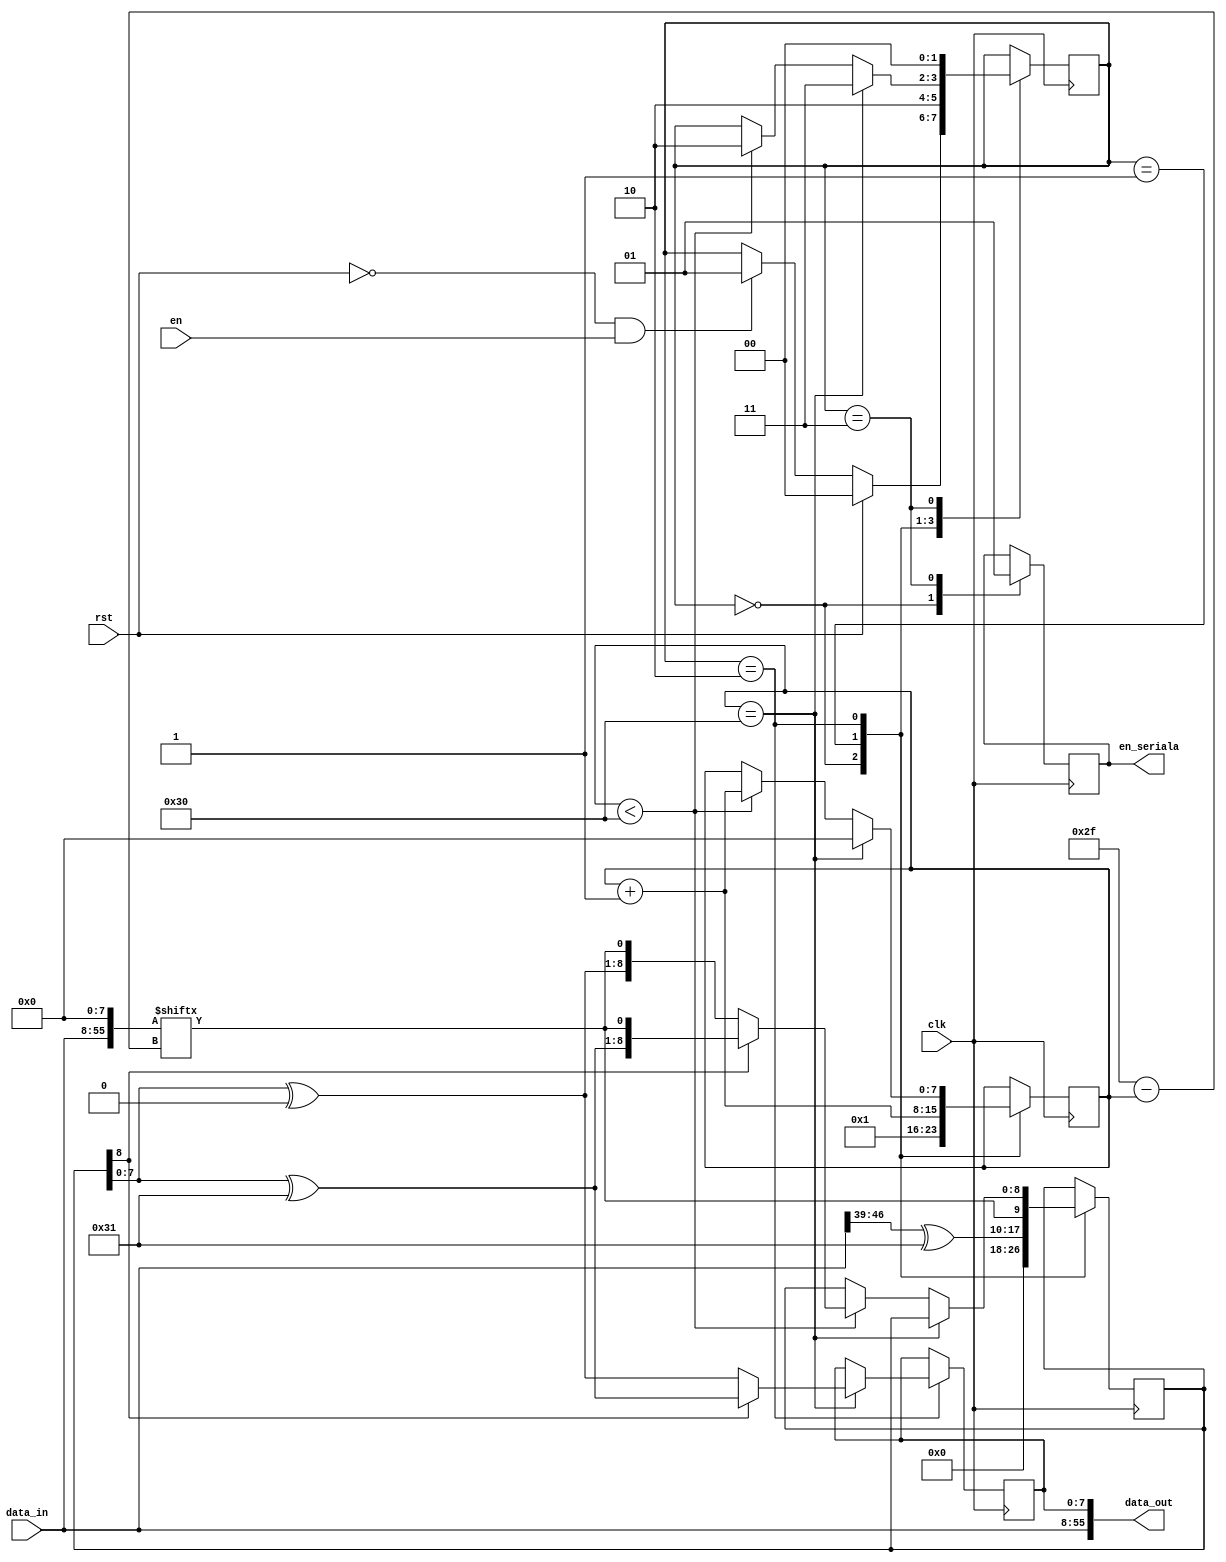
module CRC #(	parameter length_in=48,  
					parameter length_gen=9,
					parameter length_rest=length_gen-1)
				( 	input clk,
					input rst,
					input [length_in-1:0] data_in,
					input en,
					//input [length_gen-1:0] pol_gen,
					
					output en_seriala,
					output [length_in+length_rest-1:0] data_out
				);
				
	reg [1:0] state = 2'b0;
	reg reg_en_seriala = 1'b0;
	wire [length_in+length_rest-1:0] m_zero = {data_in,8'b0}; 
	reg [length_gen-1:0 ] deimpartit = 9'b0;
	reg [7:0] count = 8'b1; 
	reg [length_rest-1:0] rest = 8'b0; 
	//reg [8:0] a =9'b0;
	reg [length_gen-1:0] pol_gen = 9'b100110001;
	
	
	parameter idle = 2'b0;
	parameter start = 2'b01;
	parameter crc = 2'b10;
	parameter end_state = 2'b11;
	
	assign data_out = {data_in,rest};
	assign en_seriala = reg_en_seriala;
	
	always @(posedge clk) begin
		case (state)
			idle:  begin
				deimpartit <= 0;
				reg_en_seriala <=1'b0;
				count <= 8'b1;
				if (rst)
					state <= idle;
				else if(~rst && en)
					state <= start;
			end
			start: begin
				deimpartit <= {(m_zero[length_in+length_rest-1:length_in+length_rest-length_gen] ^ pol_gen) , m_zero[length_in+length_rest-length_gen-count]};
				//a <=m_zero[length_in+length_rest-length_gen-count];
				count <= count + 1'b1;
				state <= crc;
			end
			crc: begin
				if ( count == length_in+length_rest-length_gen+1 ) begin 
					state <= end_state;
					count <= 0;
					if ( deimpartit[length_gen-1] == 1'b0 )
						rest <= (deimpartit[length_gen-2:0] ^ 8'b0);//aici trebuie modificat cand schimb polinom generator
					else 
						rest <= (deimpartit[length_gen-2:0]  ^ pol_gen[length_gen-2:0]);
				end else if ( count < length_in+length_rest-length_gen+1 ) begin
					state <= crc;
					count <= count + 1'b1;
					if ( deimpartit[length_gen-1] == 1'b0 )
						deimpartit <=  {(deimpartit ^ 9'b0),m_zero[length_in+length_rest-length_gen-count]};//si aici ar trebui mod daca modific pol generator
					else
						deimpartit <=  {(deimpartit ^ pol_gen),m_zero[length_in+length_rest-length_gen-count]};
				end
			end
			end_state: begin
				rest <= rest;
				state <= idle;
				reg_en_seriala <=1'b1;
			end
		endcase
	end
endmodule